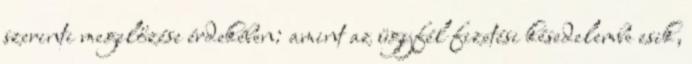
szerinti megelőzése érdekében: amint az ügyfél fizetési késedelembe esik,